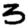
Digit: 3